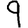
Digit: 9